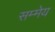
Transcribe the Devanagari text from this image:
सम्मेय